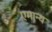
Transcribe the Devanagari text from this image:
एमान्य